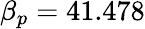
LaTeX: \beta_{p}=41.478